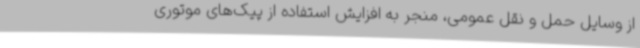
از وسایل حمل و نقل عمومی، منجر به افزایش استفاده از پیک‌های موتوری